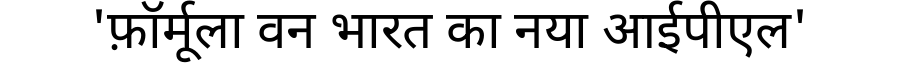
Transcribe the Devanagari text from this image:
'फ़ॉर्मूला वन भारत का नया आईपीएल'